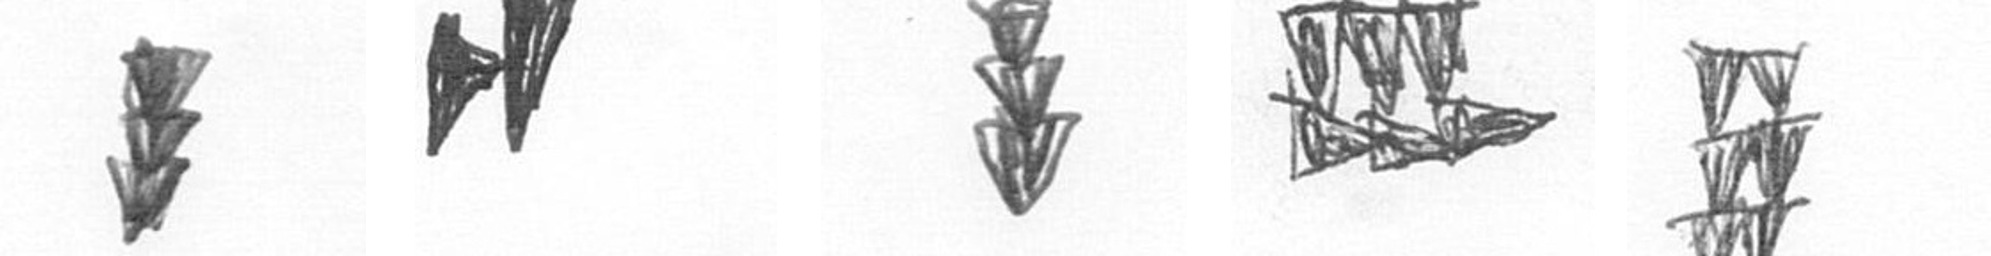
E M E D Y